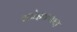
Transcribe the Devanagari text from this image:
स्टोइकवाद